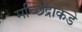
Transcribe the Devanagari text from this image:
मच्छिंद्राकडे